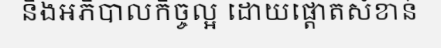
និងអភិបាលកិច្ចល្អ ដោយផ្តោតសំខាន់